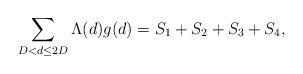
LaTeX: \begin{align*}\sum_{D<d\le 2D} \Lambda(d) g(d)= S_1 + S_2 + S_3 + S_4,\end{align*}